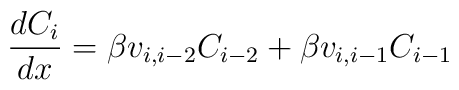
\frac{dC_i}{dx} = \beta v_{i,i-2} C_{i-2} + \beta v_{i,i-1} C_{i-1}